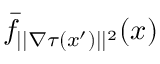
\bar { f } _ { | | \nabla \tau ( x ^ { \prime } ) | | ^ { 2 } } ( x )